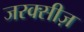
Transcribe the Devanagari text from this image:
जरक्सीज़